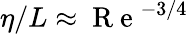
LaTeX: \eta/L\approx\mathrm{~R~e~}^{-3/4}